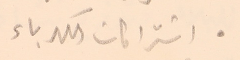
● اشتراكات الكهرباء